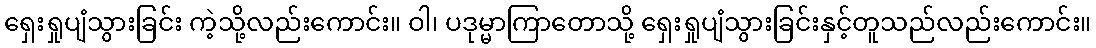
ရှေးရှုပျံသွားခြင်း ကဲ့သို့လည်းကောင်း။ ဝါ၊ ပဒုမ္မာကြာတောသို့ ရှေးရှုပျံသွားခြင်းနှင့်တူသည်လည်းကောင်း။